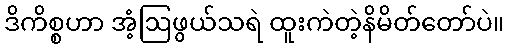
ဒိကိစ္စဟာ အံ့ဩဖွယ်သရဲ ထူးကဲတဲ့နိမိတ်တော်ပဲ။